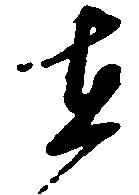
在